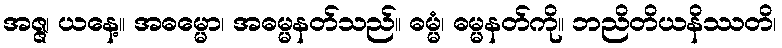
အဇ္ဇ၊ ယနေ့။ အဓမ္မော၊ အဓမ္မနတ်သည်။ ဓမ္မံ၊ ဓမ္မနတ်ကို။ ဘညိတိယနိဿတိ၊